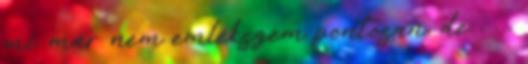
mi. már nem emlékszem pontosan, de . . .